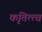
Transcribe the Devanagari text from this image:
कृतित्त्व